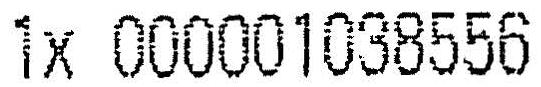
1X 000001038556